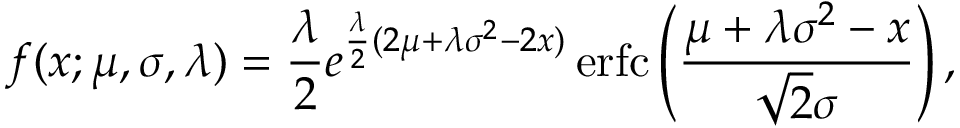
{ \displaystyle f ( x ; \mu , \sigma , \lambda ) = { \frac { \lambda } { 2 } } e ^ { { \frac { \lambda } { 2 } } ( 2 \mu + \lambda \sigma ^ { 2 } - 2 x ) } \operatorname { e r f c } \left( { \frac { \mu + \lambda \sigma ^ { 2 } - x } { { \sqrt { 2 } } \sigma } } \right) , }